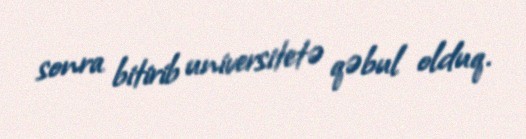
sonra bitirib universitetə qəbul olduq.